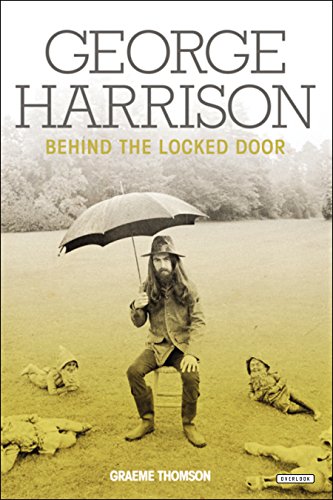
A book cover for George Harrison: Behind the Locked Door; Graeme Thomson; Humor & Entertainment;